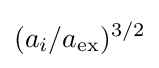
(a_{i}/a_{\rm {ex}})^{3/2}